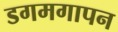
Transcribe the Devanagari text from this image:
डगमगापन